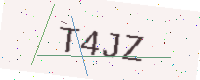
Text: T4JZ